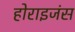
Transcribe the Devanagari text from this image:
होराइजंस